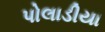
પોલાડીયા